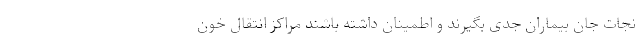
نجات جان بیماران جدی بگیرند و اطمینان داشته باشند مراکز انتقال خون